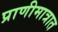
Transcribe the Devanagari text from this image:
प्राणीमात्रात